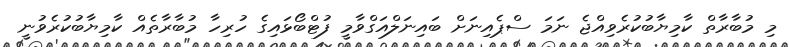
މި މުބާރާތް ކާމިޔާބުކުރެވިއްޖެ ނަމަ ސްޕެއިނަށް ބައިނަލްއަގްވާމީ ފުޓްބޯޅައިގެ ހުރިހާ މުބާރާތެއް ކާމިޔާބުކުރެވުނީ